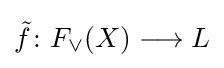
{\tilde {f}}\colon F_{\vee }(X)\longrightarrow L